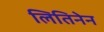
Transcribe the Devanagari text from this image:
लितिनेन